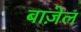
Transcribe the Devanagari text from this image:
बाज़ेल